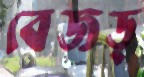
বেজড্